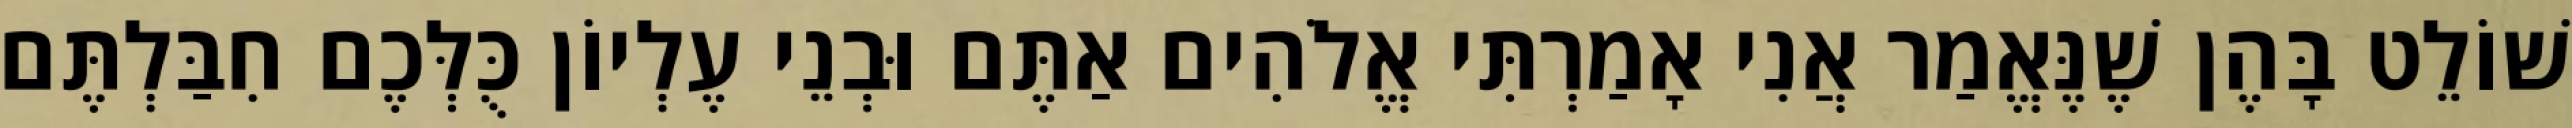
שׁוֹלֵט בָּהֶן שֶׁנֶּאֱמַר אֲנִי אָמַרְתִּי אֱלֹהִים אַתֶּם וּבְנֵי עֶלְיוֹן כֻּלְּכֶם חִבַּלְתֶּם